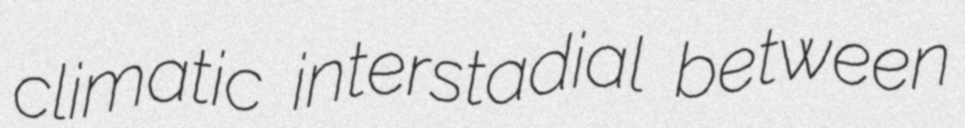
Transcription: climatic interstadial between